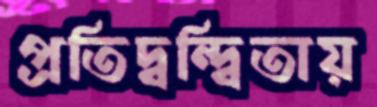
প্রতিদ্বন্দ্বিতায়